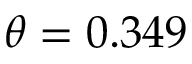
\theta = 0 . 3 4 9